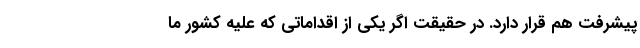
پیشرفت هم قرار دارد. در حقیقت اگر یکی از اقداماتی که علیه کشور ما